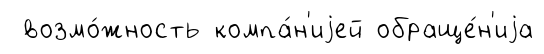
возмо́жность компа́н'иjей обраще́н'иjа